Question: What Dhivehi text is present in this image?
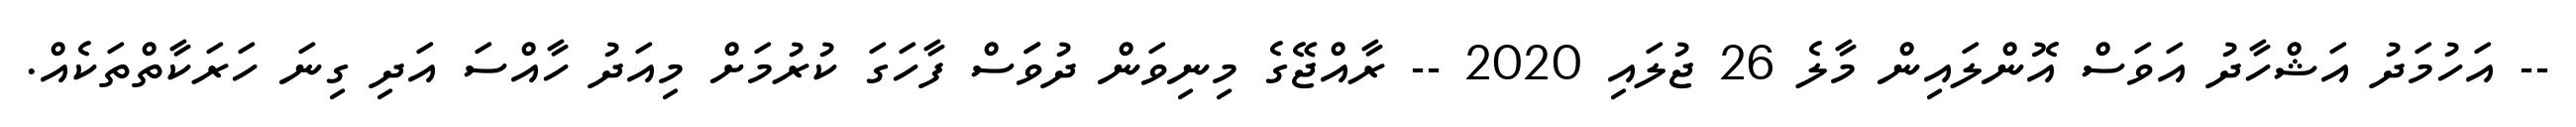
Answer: -- އަހުމަދު އަޝްހާދު އަވަސް އޮންލައިން މާލެ 26 ޖުލައި 2020 -- ރާއްޖޭގެ މިނިވަން ދުވަަސް ފާހަގަ ކުރުމަށް މިއަދު ހާއްސަ އަދި ގިނަ ހަރަކާތްތަކެއް.